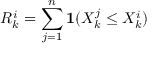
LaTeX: R _ { k } ^ { i } = \sum _ { j = 1 } ^ { n } \mathbf { 1 } ( X _ { k } ^ { j } \leq X _ { k } ^ { i } )